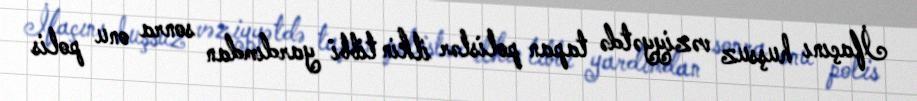
İfaçını huşsuz vəziyyətdə tapan polislər ilkin tibbi yardımdan sonra onu polis